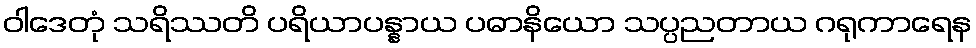
ဝါဒေတုံ သရိဿတိ ပရိယာပန္နာယ ပဓာနိယော သပ္ပညတာယ ဂရုကာရေန